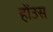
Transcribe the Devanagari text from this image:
होंउस